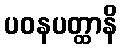
ပဝနပတ္ထာနိ